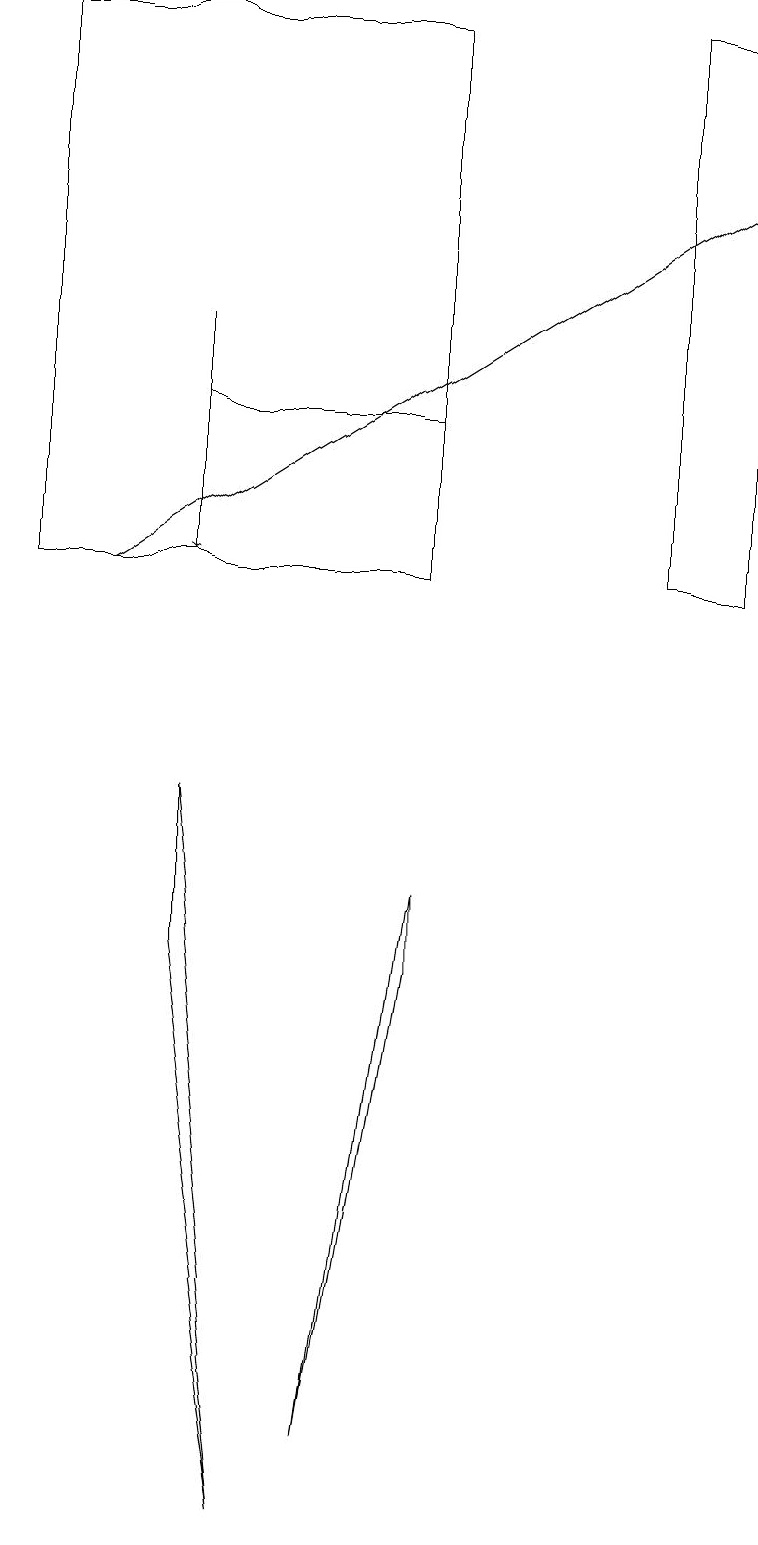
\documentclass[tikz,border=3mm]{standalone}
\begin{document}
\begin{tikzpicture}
\draw (0,19) rectangle (5,12);
\draw (8,19) rectangle (9,12);
\draw[->] (1,12) -- (9,17);
\draw[->] (2,15) -- (2,12);
\draw (2,7) -- (2,9) -- (3,0) -- cycle;
\draw (2,14) rectangle (5,12);
\draw (5,8) -- (4,1) -- (5,7) -- cycle;
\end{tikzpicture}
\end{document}